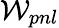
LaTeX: \mathcal{W}_{pnl}